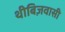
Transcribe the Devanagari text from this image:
थीबिज़वासी